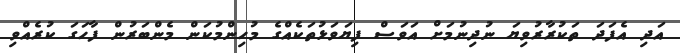
އަދި އެފަދަ ތަކުރާރުވިޔަ ނުދިނުމަށް އަވަސް ފިޔަވަޅުތަކެއްގެ މުހިންމުކަން މެންބަރުން ފާހަގަ ކުރެއްވި